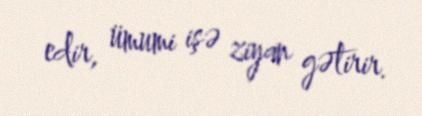
edir, ümumi işə ziyan gətirir.